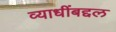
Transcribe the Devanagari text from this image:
व्याधींबद्दल